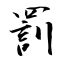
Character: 罰